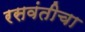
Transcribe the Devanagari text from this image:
रसवंतीचा